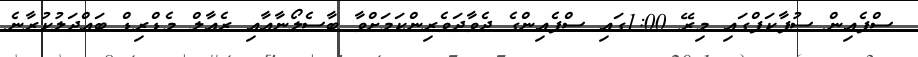
ސްޕެއިން ސުޕާކަޕްގައި މިރޭ 1:00ގައި ސްޕެއިންގެ ދެވާދަވެރިންކަމަށްވާ ބާސެލޯނާއާއި ރެއާލް މެޑްރިޑް ބައްދަލުކުރާނެ